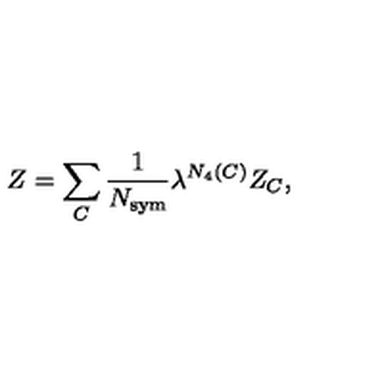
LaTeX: Z = \sum _ { C } \frac { 1 } { N _ { \mathrm { \tiny s y m } } } \lambda ^ { N _ { 4 } ( C ) } Z _ { C } ,